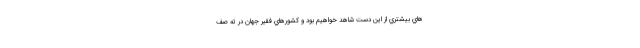
هاي بيشتري از اين دست شاهد خواهيم بود و كشورهاي فقير جهان در ته صف